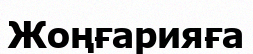
Жоңғарияға